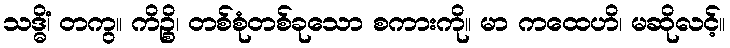
သဒ္ဓိံ၊ တကွ။ ကိဉ္စိ၊ တစ်စုံတစ်ခုသော စကားကို။ မာ ကထေဟိ၊ မဆိုလင့်။